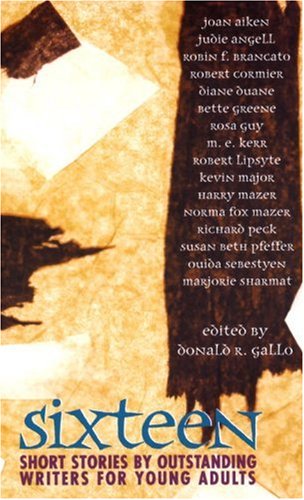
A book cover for Sixteen: Short Stories by Outstanding Writers for Young Adults; Teen & Young Adult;